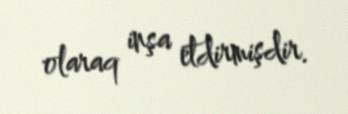
olaraq inşa etdirmişdir.